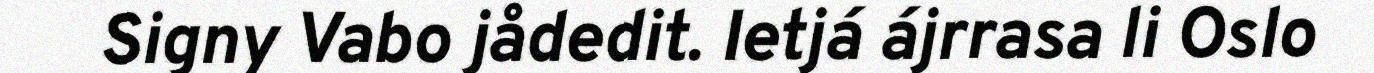
Signy Vabo jådedit. Ietjá ájrrasa li Oslo